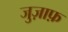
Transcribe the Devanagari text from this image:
जुज़ाफ़